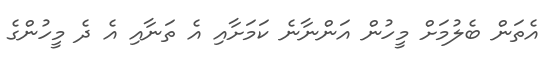
އެތަން ބެލުމަށް މީހުން އަންނާނެ ކަމަށާއި އެ ތަނާއި އެ ދެ މީހުންގެ